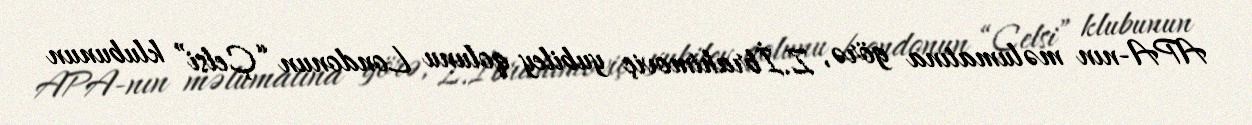
APA-nın məlumatına görə, Z.İbrahimoviç yubiley qolunu Londonun “Çelsi” klubunun